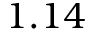
1 . 1 4